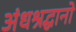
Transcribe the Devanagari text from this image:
अंधश्रद्धानो